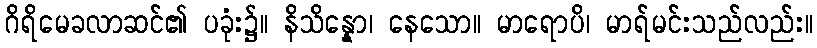
ဂိရိမေခလာဆင်၏ ပခုံး၌။ နိသိန္နော၊ နေသော။ မာရောပိ၊ မာရ်မင်းသည်လည်း။